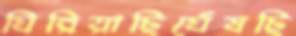
ঘিরিয়াছিঘেঁষছি